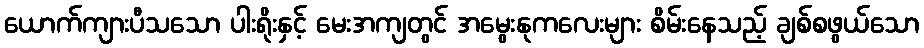
ယောက်ကျားပီသသော ပါးရိုးနှင့် မေးအကျတွင် အမွေးနုကလေးများ စိမ်းနေသည့် ချစ်စဖွယ်သော